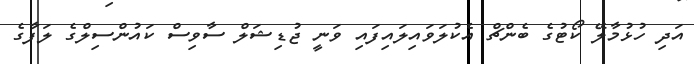
އަދި ހުޅުމާލޭ ކޯޓުގެ ބެންޗް އެކުލަވައިލައިފައި ވަނީ ޖުޑިޝަލް ސާވިސް ކައުންސިލްގެ ލަފާގެ